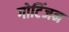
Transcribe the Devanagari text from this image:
गोटिंजन